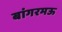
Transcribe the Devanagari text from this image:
बांगरमऊ